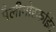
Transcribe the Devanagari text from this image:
पैलीगोर्स्काईट